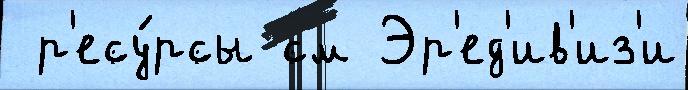
 р'есу́рсы см Эр'ед'ив'из'и